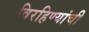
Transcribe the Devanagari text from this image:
विरहिण्यांची